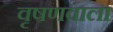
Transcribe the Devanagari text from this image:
वृषणवाला